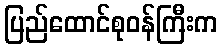
ပြည်ထောင်စုဝန်ကြီးက